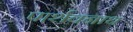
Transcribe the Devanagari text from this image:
पार्शवनाथ